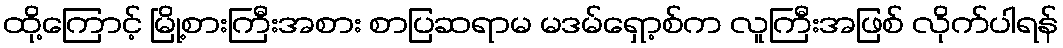
ထို့ကြောင့် မြို့စားကြီးအစား စာပြဆရာမ မဒမ်ရှော့စ်က လူကြီးအဖြစ် လိုက်ပါရန်